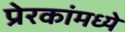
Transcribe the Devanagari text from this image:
प्रेरकांमध्ये